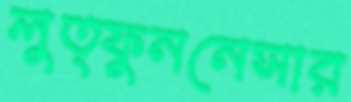
লুত্ফুননেসার